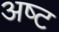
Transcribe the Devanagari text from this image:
अष्‍ट